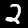
Digit: 2